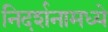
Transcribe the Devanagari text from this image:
निदर्शनामध्ये